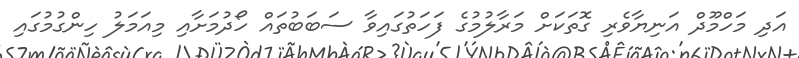
އަދި މަހްމޫދް އަނިޔާވެރި ގޮތަކަށް މަރާލުމުގެ ފަހަތުގައިވާ ސަބަބުތައް ހޯދުމަށާއި މިއަމަލު ހިންގުމުގައި